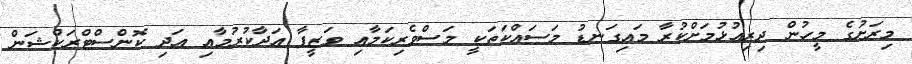
މިރަށުގެ މީހުން ދިރިއުޅުމަށްކުރާ މައިގަނޑު މަސައްކަތަކީ މަސްވެރިކަމާއި ވަޒީފާ އަދާކުރުމާއި އަދި ކޮންސްޓްރަކްޝަން